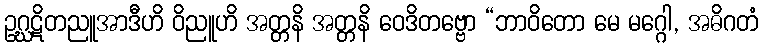
ဥဂ္ဃဋိတညူအာဒီဟိ ဝိညူဟိ အတ္တနိ အတ္တနိ ဝေဒိတဗ္ဗော “ဘာဝိတော မေ မဂ္ဂေါ, အဓိဂတံ